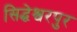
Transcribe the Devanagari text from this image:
सिद्धेश्वरपुर